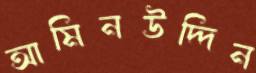
আমিনউদ্দিন